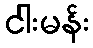
ငါးမန်း